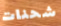
شحنات